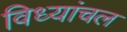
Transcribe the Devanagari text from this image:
विध्यांचल